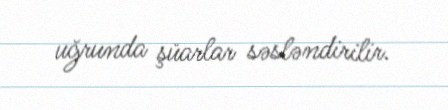
uğrunda şüarlar səsləndirilir.